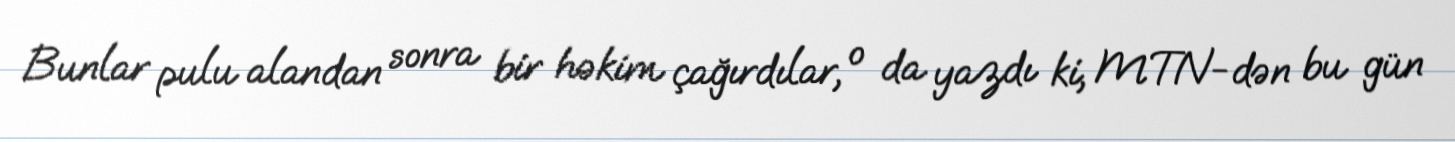
Bunlar pulu alandan sonra bir həkim çağırdılar, o da yazdı ki, MTN-dən bu gün